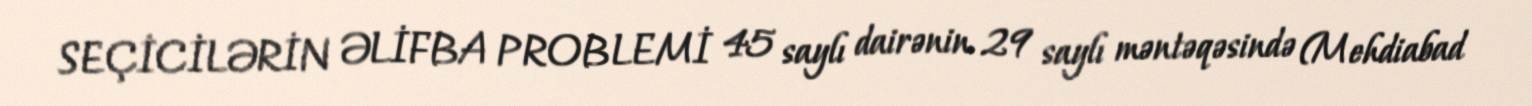
SEÇİCİLƏRİN ƏLİFBA PROBLEMİ 45 saylı dairənin 29 saylı məntəqəsində (Mehdiabad